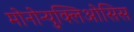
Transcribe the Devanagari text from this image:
मोनोन्युक्लिओसिस